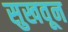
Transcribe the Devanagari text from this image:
सुखवून